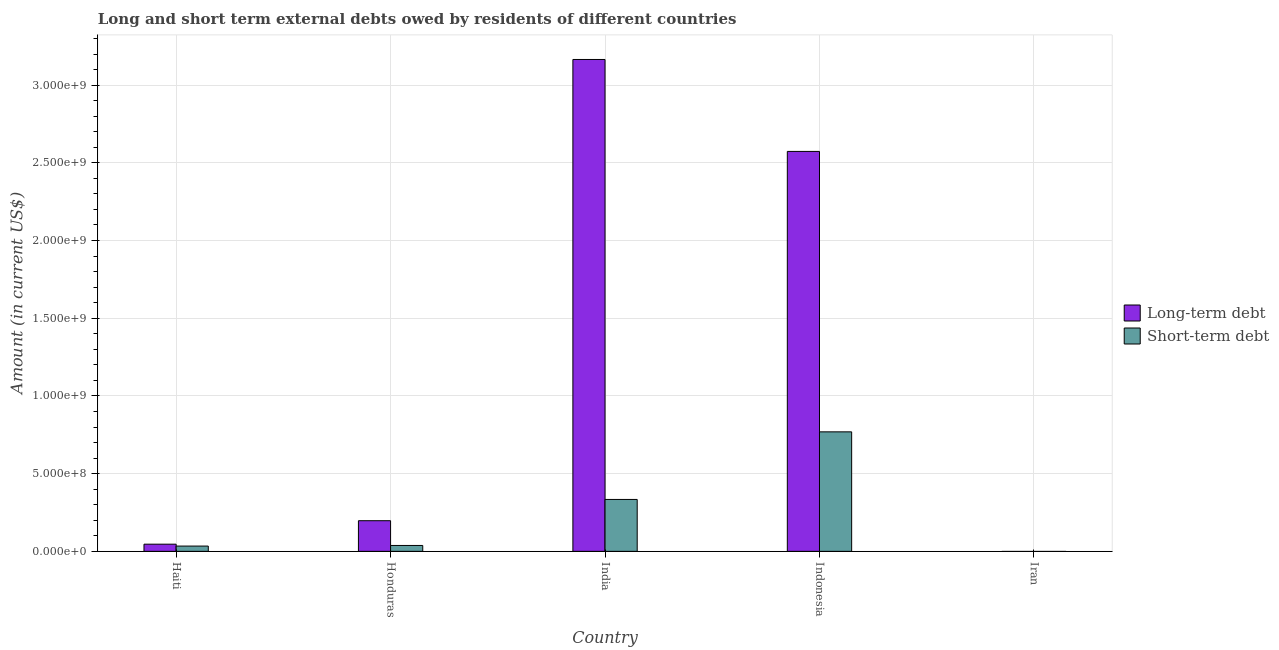
| Country | Long-term debt | Short-term debt |
 | --- | --- | --- |
 | Haiti | 4.62e+07 | 3.4e+07 |
 | Honduras | 1.97e+08 | 3.8e+07 |
 | India | 3.17e+09 | 3.34e+08 |
 | Indonesia | 2.57e+09 | 7.69e+08 |
 | Iran | -3.65e+08 | -1.52e+09 |